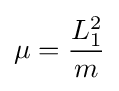
\mu ={\frac {L_{1}^{2}}{m}}